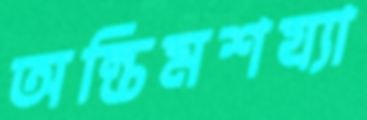
অন্তিমশয্যা